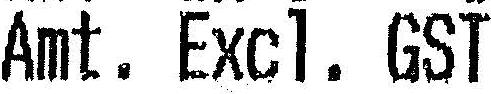
AMT. EXCL. GST